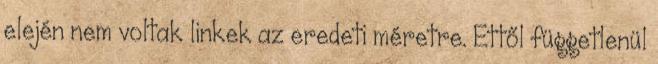
elején nem voltak linkek az eredeti méretre. Ettől függetlenül